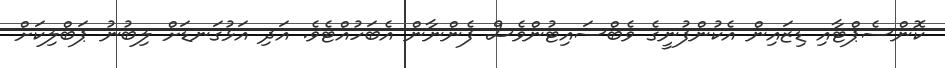
ކޮންސެޕްޓާއި ޑިޒައިން އެކުންފުނީގެ ވެބްސައިޓުންވެސް ފެންނާން އެބަހުއްޓެވެ. އަދި އަޅުގަނޑަށް ލިބުނު ޕަބްލިކަށް